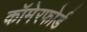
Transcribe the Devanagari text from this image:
कॉमेरफोर्ड